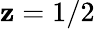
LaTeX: \mathbf{z}=1/2